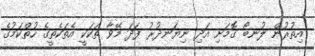
އިތުރުން ލުނބޯ ގޮމަށި އަދި ނިޔަނދުރު ފަދަ މޭވާ ތަކަކީ އެތަކެތީގެ ހުތްކަމުގެ